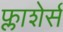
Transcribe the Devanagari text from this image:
फ्लाशेर्स